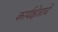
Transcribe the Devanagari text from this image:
कार्यक्षेत्राचे